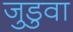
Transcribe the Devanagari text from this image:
जुडुवा